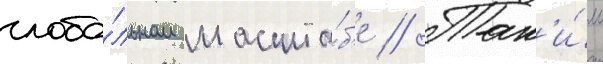
глоба́льном масшта́б'е // Так'и́м